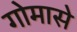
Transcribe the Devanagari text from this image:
गोमासे